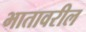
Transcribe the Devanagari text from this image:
भातावरील